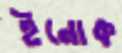
ইনোক